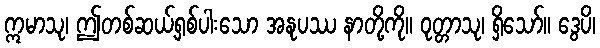
ဣမာသု၊ ဤတစ်ဆယ့်ရှစ်ပါးသော အနုပဿ နာတို့ကို။ ဝုတ္တာသု၊ ရှိသော်။ ဒွေပိ၊